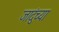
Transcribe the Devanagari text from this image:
जादुंच्या